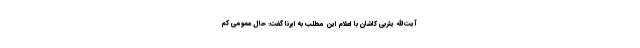
آیت‌الله یثربی کاشان با اعلام این مطلب به ایرنا گفت: حال عمومی کم